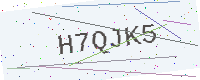
Text: H7QJK5